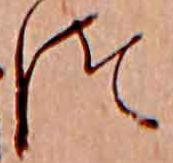
つ